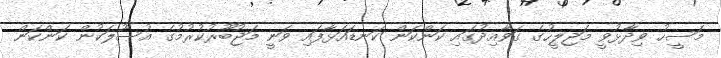
މަސީހު ވިދާޅުވީ މަޖިލީހުގެ ގަވާއިދުގައި ކަންކަން ކަނޑައަޅާފައި ވަނީ މަޖުބޫރުކުރުމުގެ އުސޫލަކުން ކަންކަން